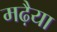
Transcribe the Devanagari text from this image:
मढ़ैया